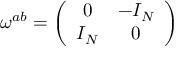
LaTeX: \omega ^ { a b } = \left( \begin{array} { c c } { { 0 } } & { { - I _ { N } } } \\ { { I _ { N } } } & { { 0 } } \end{array} \right)